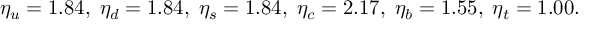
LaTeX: \eta _ { u } = 1 . 8 4 , \; \eta _ { d } = 1 . 8 4 , \; \eta _ { s } = 1 . 8 4 , \; \eta _ { c } = 2 . 1 7 , \; \eta _ { b } = 1 . 5 5 , \; \eta _ { t } = 1 . 0 0 .